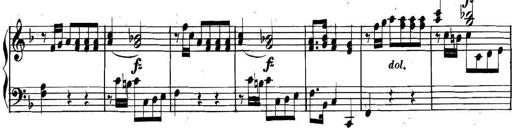
Title: Collected Piano Sonatas
Composer: Muzio Clementi